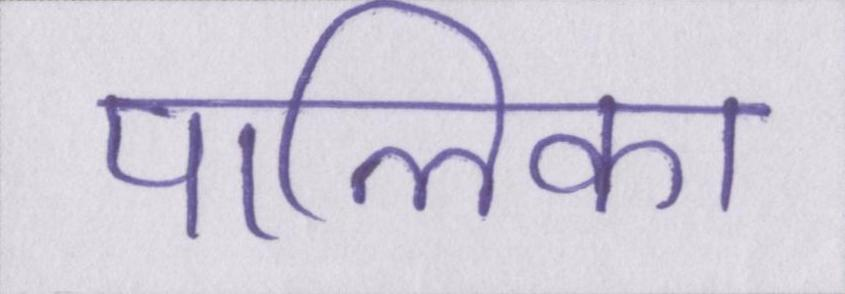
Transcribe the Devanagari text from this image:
पालिका